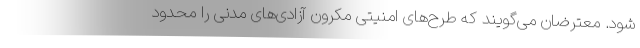
شود. معترضان می‌گویند که طرح‌های امنیتی مکرون آزادی‌های مدنی را محدود